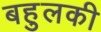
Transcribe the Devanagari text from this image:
बहुलकी